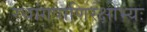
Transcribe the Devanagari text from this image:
रथांगपाणिरक्षोभ्यः